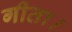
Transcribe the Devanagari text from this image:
गीता।